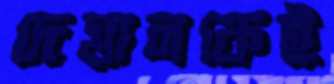
দেয়ালকেই